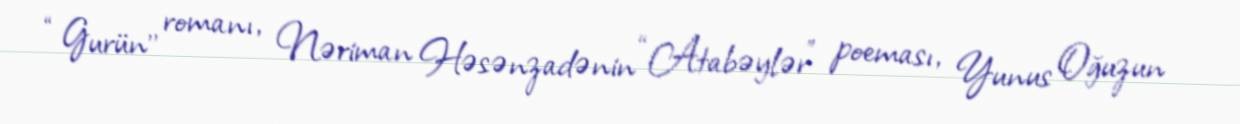
“Gurün’’ romanı, Nəriman Həsənzadənin “Atabəylər” poeması, Yunus Oğuzun